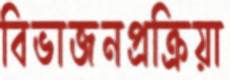
বিভাজনপ্রক্রিয়া